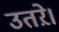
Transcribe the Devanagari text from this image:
उतऱे।